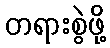
တရားစွဲဖို့